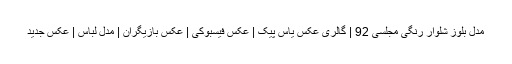
مدل بلوز شلوار رنگی مجلسی 92 | گالری عکس یاس پیک | عکس فیسبوکی | عکس بازیگران | مدل لباس | عکس جدید